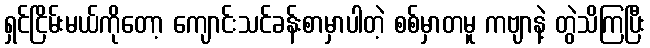
ရှင်ငြိမ်းမယ်ကိုတော့ ကျောင်းသင်ခန်းစာမှာပါတဲ့ စစ်မှာတမူ ကဗျာနဲ့ တွဲသိကြပြီး